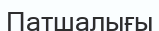
Патшалығы